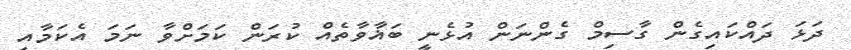
ދަޅަ ދައްކައިގެން ގާސިމް ގެންނަން އުޅެނީ ބަޣާވާތެއް ކުރަން ކަމަށްވާ ނަމަ އެކަމާއި